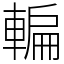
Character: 䡢